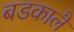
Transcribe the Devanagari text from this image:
बडकालै